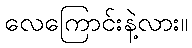
လေကြောင်းနဲ့လား။